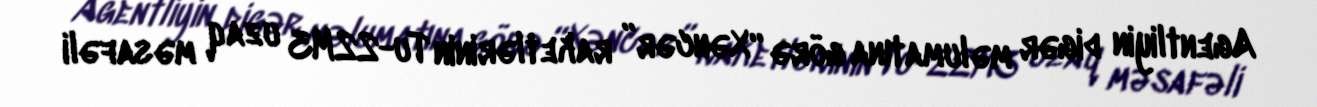
Agentliyin digər məlumatına görə “Xəncər” raketlərinin Tu-22M3 uzaq məsafəli